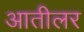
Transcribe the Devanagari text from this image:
आतीलर